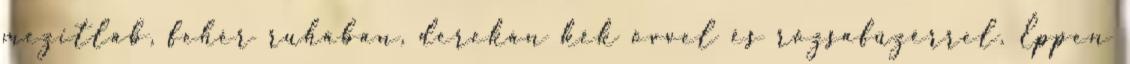
mezitláb, fehér ruhában, derekán kék övvel és rózsafüzérrel. Éppen